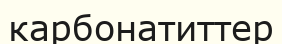
карбонатиттер